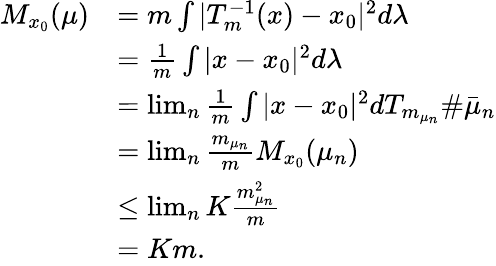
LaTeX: \begin{array}{rl}{M_{x_{0}}(\mu)}&{=m\int\vert T_{m}^{-1}(x)-x_{0}\vert^{2}d\lambda}\\ &{=\frac{1}{m}\int\vert x-x_{0}\vert^{2}d\lambda}\\ &{=\operatorname*{lim}_{n}\frac{1}{m}\int\vert x-x_{0}\vert^{2}dT_{m_{\mu_{n}}}\# \bar{\mu}_{n}}\\ &{=\operatorname*{lim}_{n}\frac{m_{\mu_{n}}}{m}M_{x_{0}}(\mu_{n})}\\ &{\le\operatorname*{lim}_{n}K\frac{m_{\mu_{n}}^{2}}{m}}\\ &{=Km.}\end{array}